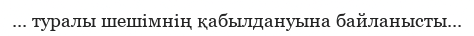
... туралы шешімнің қабылдануына байланысты...